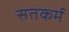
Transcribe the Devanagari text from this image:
सतकर्म